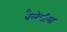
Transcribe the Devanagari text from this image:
वैलेचीया